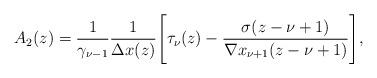
LaTeX: \begin{align*}A_2(z)=\frac{1}{\gamma_{\nu-1}}\frac{1}{\Delta x(z)}\Bigg[\tau_{\nu}(z)-\frac{\sigma(z-\nu+1)}{\nabla x_{\nu+1}(z-\nu+1)}\Bigg],\end{align*}